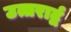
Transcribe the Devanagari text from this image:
उत्तरार्द्व